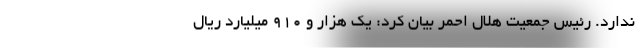
ندارد. رئیس جمعیت هلال احمر بیان کرد: یک هزار و ۹۱۰ میلیارد ریال